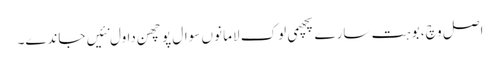
اصل وچ، بوہت سارے پچھمی لوک لاما نوں سوال پوچھن دا ول نئیں جاندے۔